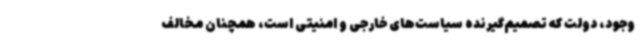
وجود، دولت که تصمیم‌گیرنده سیاست‌های خارجی و امنیتی است، همچنان مخالف